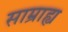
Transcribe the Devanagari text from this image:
साम्राह्य